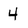
Character: 4